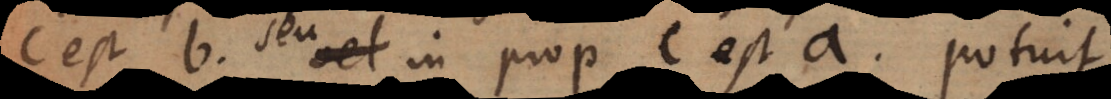
c est b seu in prop. c est a potuit